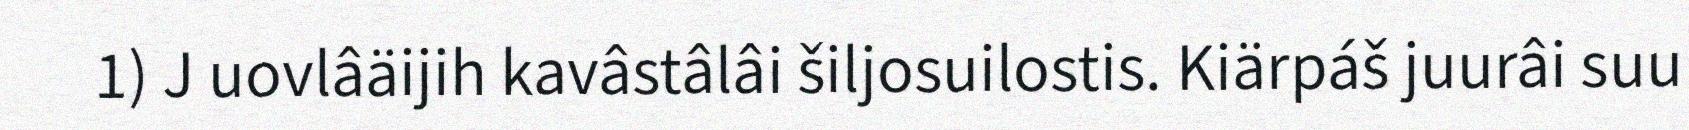
1) J uovlâäijih kavâstâlâi šiljosuilostis. Kiärpáš juurâi suu